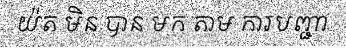
យ៉ត មិន បាន មក តាម ការបញ្ជា